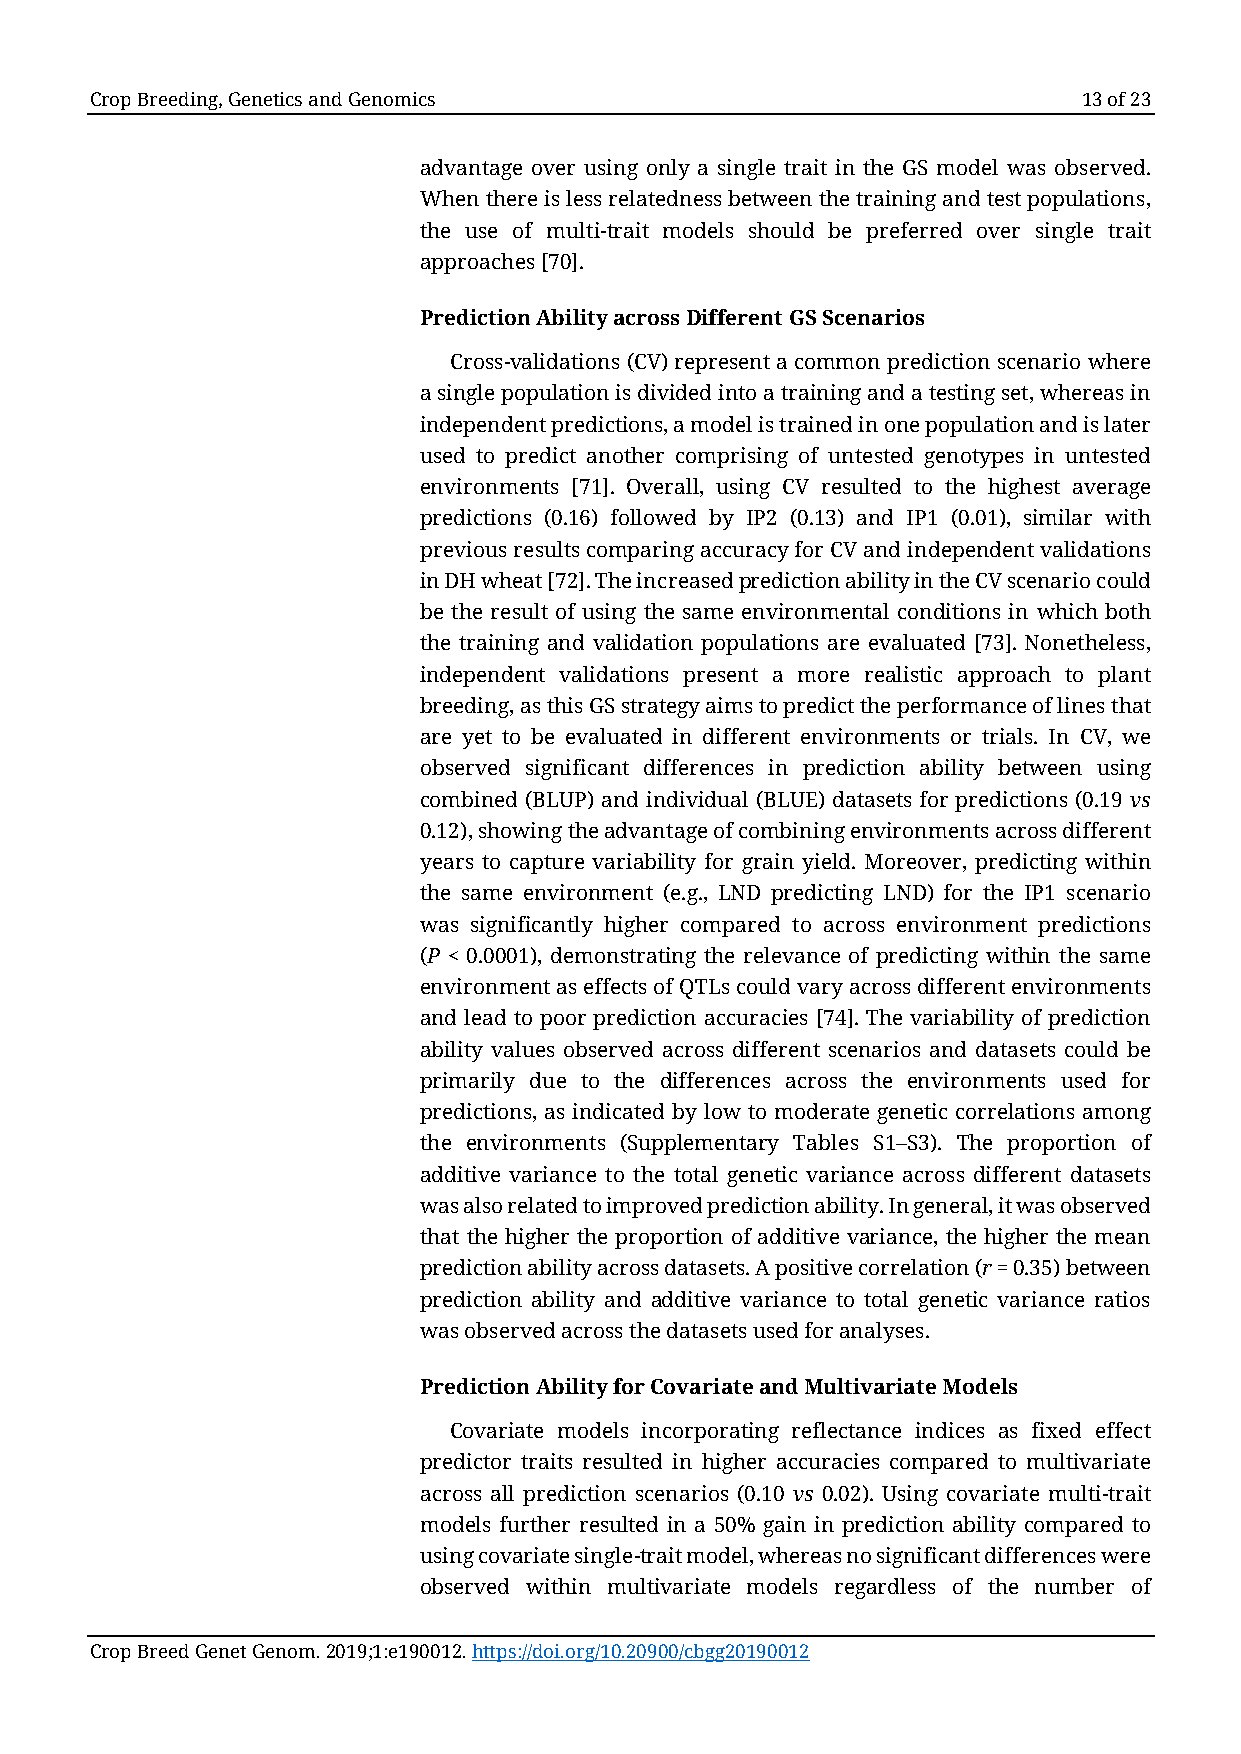
Crop Breeding, Genetics and Genomics                              13 of 23
 advantage over using only a single trait in the GS model was observed.
 When there is less relatedness between the training and test populations,
 the use of multi-trait models should be preferred over single trait
 approaches [70].
 Prediction Ability across Different GS Scenarios
 Cross-validations (CV) represent a common prediction scenario where
 a single population is divided into a training and a testing set, whereas in
 independent predictions, a model is trained in one population and is later
 used to predict another comprising of untested genotypes in untested
 environments [71]. Overall, using CV resulted to the highest average
 predictions (0.16) followed by IP2 (0.13) and IP1 (0.01), similar with
 previous results comparing accuracy for CV and independent validations
 in DH wheat [72]. The increased prediction ability in the CV scenario could
 be the result of using the same environmental conditions in which both
 the training and validation populations are evaluated [73]. Nonetheless,
 independent validations present a more realistic approach to plant
 breeding, as this GS strategy aims to predict the performance of lines that
 are yet to be evaluated in different environments or trials. In CV, we
 observed significant differences in prediction ability between using
 combined (BLUP) and individual (BLUE) datasets for predictions (0.19 vs
 0.12), showing the advantage of combining environments across different
 years to capture variability for grain yield. Moreover, predicting within
 the same environment (e.g., LND predicting LND) for the IP1 scenario
 was significantly higher compared to across environment predictions
 (P < 0.0001), demonstrating the relevance of predicting within the same
 environment as effects of QTLs could vary across different environments
 and lead to poor prediction accuracies [74]. The variability of prediction
 ability values observed across different scenarios and datasets could be
 primarily due to the differences across the environments used for
 predictions, as indicated by low to moderate genetic correlations among
 the environments (Supplementary Tables S1–S3). The proportion of
 additive variance to the total genetic variance across different datasets
 was also related to improved prediction ability. In general, it was observed
 that the higher the proportion of additive variance, the higher the mean
 prediction ability across datasets. A positive correlation (r = 0.35) between
 prediction ability and additive variance to total genetic variance ratios
 was observed across the datasets used for analyses.
 Prediction Ability for Covariate and Multivariate Models
 Covariate models incorporating reflectance indices as fixed effect
 predictor traits resulted in higher accuracies compared to multivariate
 across all prediction scenarios (0.10 vs 0.02). Using covariate multi-trait
 models further resulted in a 50% gain in prediction ability compared to
 using covariate single-trait model, whereas no significant differences were
 observed within multivariate models regardless of the number of
 Crop Breed Genet Genom. 2019;1:e190012. https://doi.org/10.20900/cbgg20190012